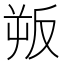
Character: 𭆯